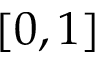
[ 0 , 1 ]